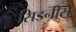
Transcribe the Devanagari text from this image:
सिडनीसे